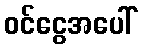
ဝင်ငွေအပေါ်